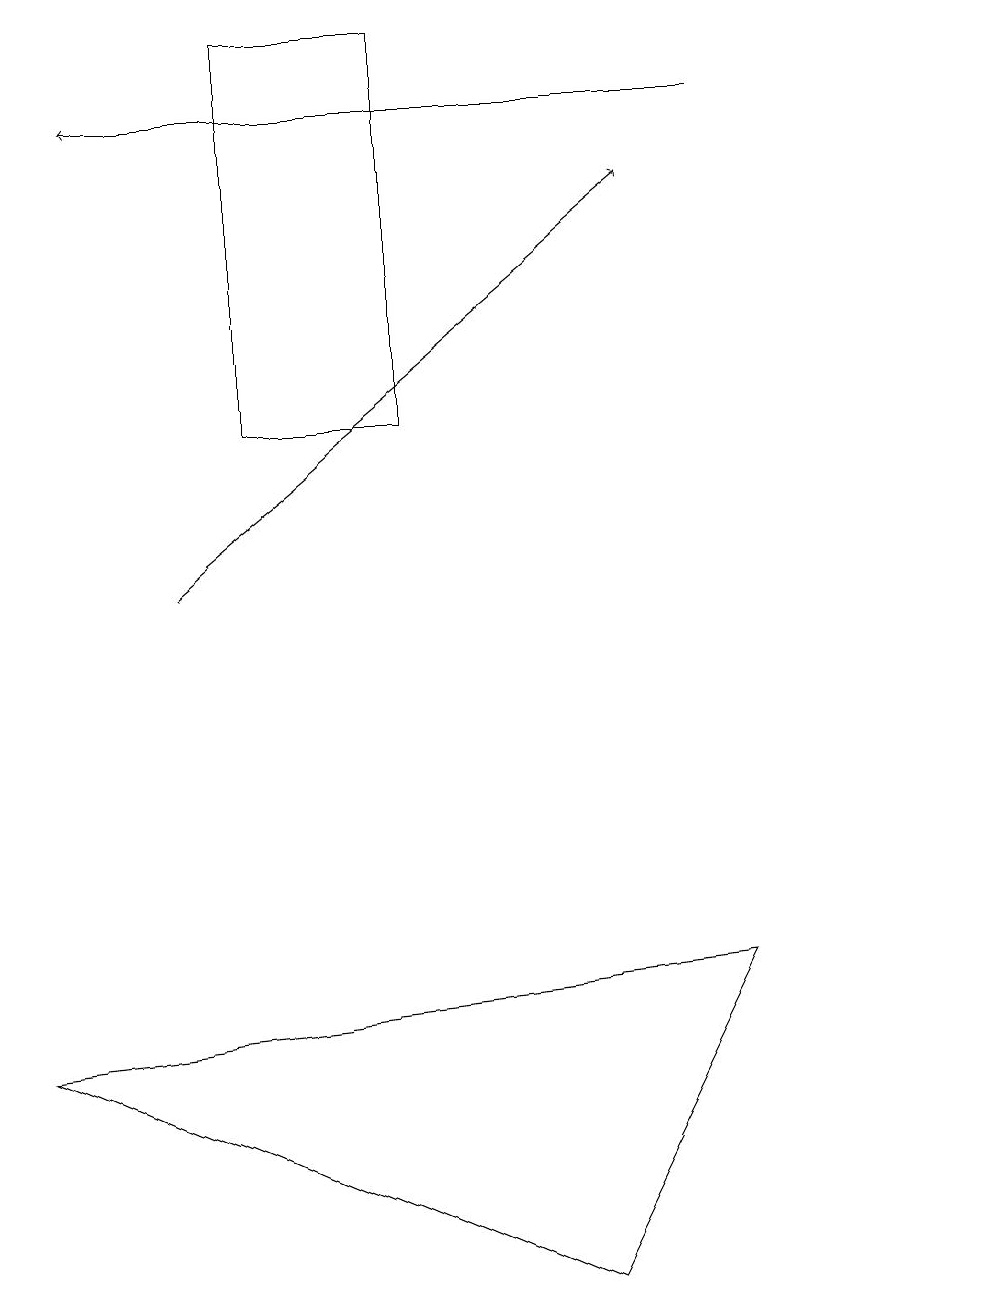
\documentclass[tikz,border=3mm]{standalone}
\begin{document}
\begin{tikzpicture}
\draw (9,7) -- (0,6) -- (7,3) -- cycle;
\draw (5,14) rectangle (3,19);
\draw (12,10) circle (0);
\draw[->] (9,18) -- (1,18);
\draw[->] (2,12) -- (8,17);
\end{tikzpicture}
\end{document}